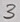
Text: 3